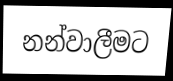
නන්වාලීමට